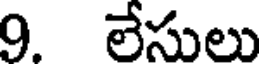
9. లేసులు